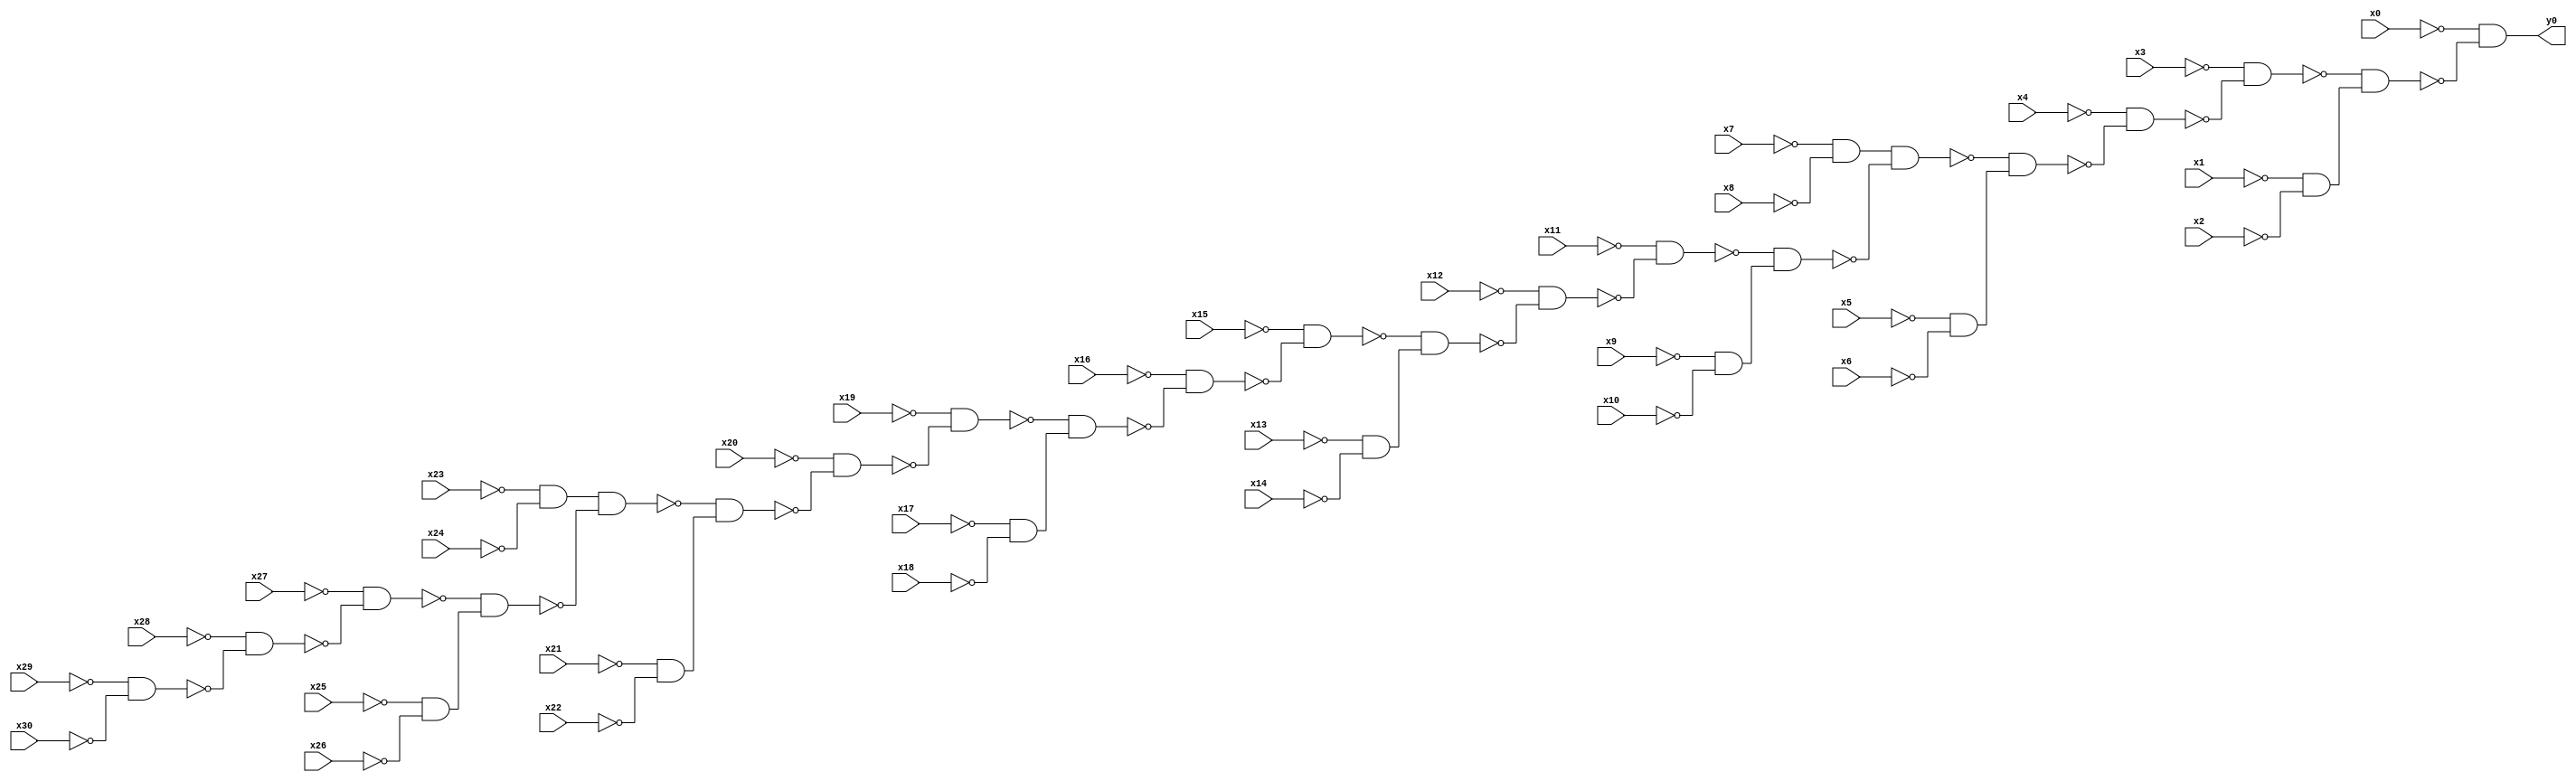
module top( x0 , x1 , x2 , x3 , x4 , x5 , x6 , x7 , x8 , x9 , x10 , x11 , x12 , x13 , x14 , x15 , x16 , x17 , x18 , x19 , x20 , x21 , x22 , x23 , x24 , x25 , x26 , x27 , x28 , x29 , x30 , y0 );
  input x0 , x1 , x2 , x3 , x4 , x5 , x6 , x7 , x8 , x9 , x10 , x11 , x12 , x13 , x14 , x15 , x16 , x17 , x18 , x19 , x20 , x21 , x22 , x23 , x24 , x25 , x26 , x27 , x28 , x29 , x30 ;
  output y0 ;
  wire n32 , n33 , n34 , n35 , n36 , n37 , n38 , n39 , n40 , n41 , n42 , n43 , n44 , n45 , n46 , n47 , n48 , n49 , n50 , n51 , n52 , n53 , n54 , n55 , n56 , n57 , n58 , n59 , n60 , n61 ;
  assign n32 = ~x7 & ~x8 ;
  assign n33 = ~x23 & ~x24 ;
  assign n34 = ~x29 & ~x30 ;
  assign n35 = ~x28 & ~n34 ;
  assign n36 = ~x27 & ~n35 ;
  assign n37 = ~x25 & ~x26 ;
  assign n38 = ~n36 & n37 ;
  assign n39 = n33 & ~n38 ;
  assign n40 = ~x21 & ~x22 ;
  assign n41 = ~n39 & n40 ;
  assign n42 = ~x20 & ~n41 ;
  assign n43 = ~x19 & ~n42 ;
  assign n44 = ~x17 & ~x18 ;
  assign n45 = ~n43 & n44 ;
  assign n46 = ~x16 & ~n45 ;
  assign n47 = ~x15 & ~n46 ;
  assign n48 = ~x13 & ~x14 ;
  assign n49 = ~n47 & n48 ;
  assign n50 = ~x12 & ~n49 ;
  assign n51 = ~x11 & ~n50 ;
  assign n52 = ~x9 & ~x10 ;
  assign n53 = ~n51 & n52 ;
  assign n54 = n32 & ~n53 ;
  assign n55 = ~x5 & ~x6 ;
  assign n56 = ~n54 & n55 ;
  assign n57 = ~x4 & ~n56 ;
  assign n58 = ~x3 & ~n57 ;
  assign n59 = ~x1 & ~x2 ;
  assign n60 = ~n58 & n59 ;
  assign n61 = ~x0 & ~n60 ;
  assign y0 = n61 ;
endmodule